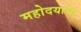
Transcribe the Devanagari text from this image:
महोदयाचा